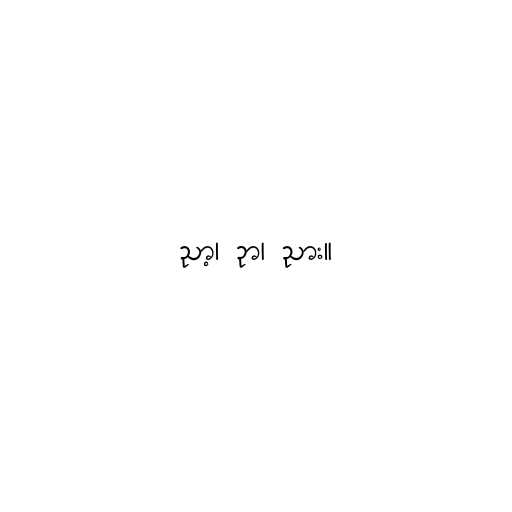
ညာ့၊ ဉာ၊ ညား။